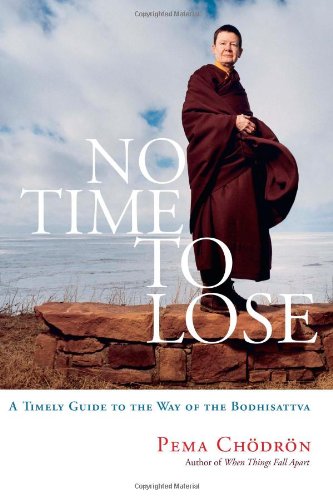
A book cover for No Time to Lose: A Timely Guide to the Way of the Bodhisattva; Pema Chodron; Religion & Spirituality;